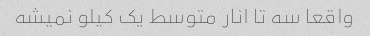
واقعا سه تا انار متوسط یک کیلو نمیشه